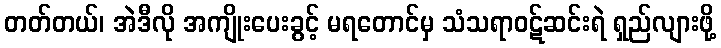
တတ်တယ်၊ အဲဒီလို အကျိုးပေးခွင့် မရတောင်မှ သံသရာဝဋ်ဆင်းရဲ ရှည်လျားဖို့